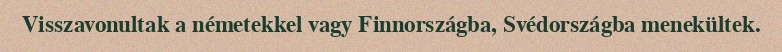
Visszavonultak a németekkel vagy Finnországba, Svédországba menekültek.